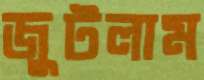
জুটলাম